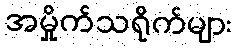
အမှိုက်သရိုက်များ